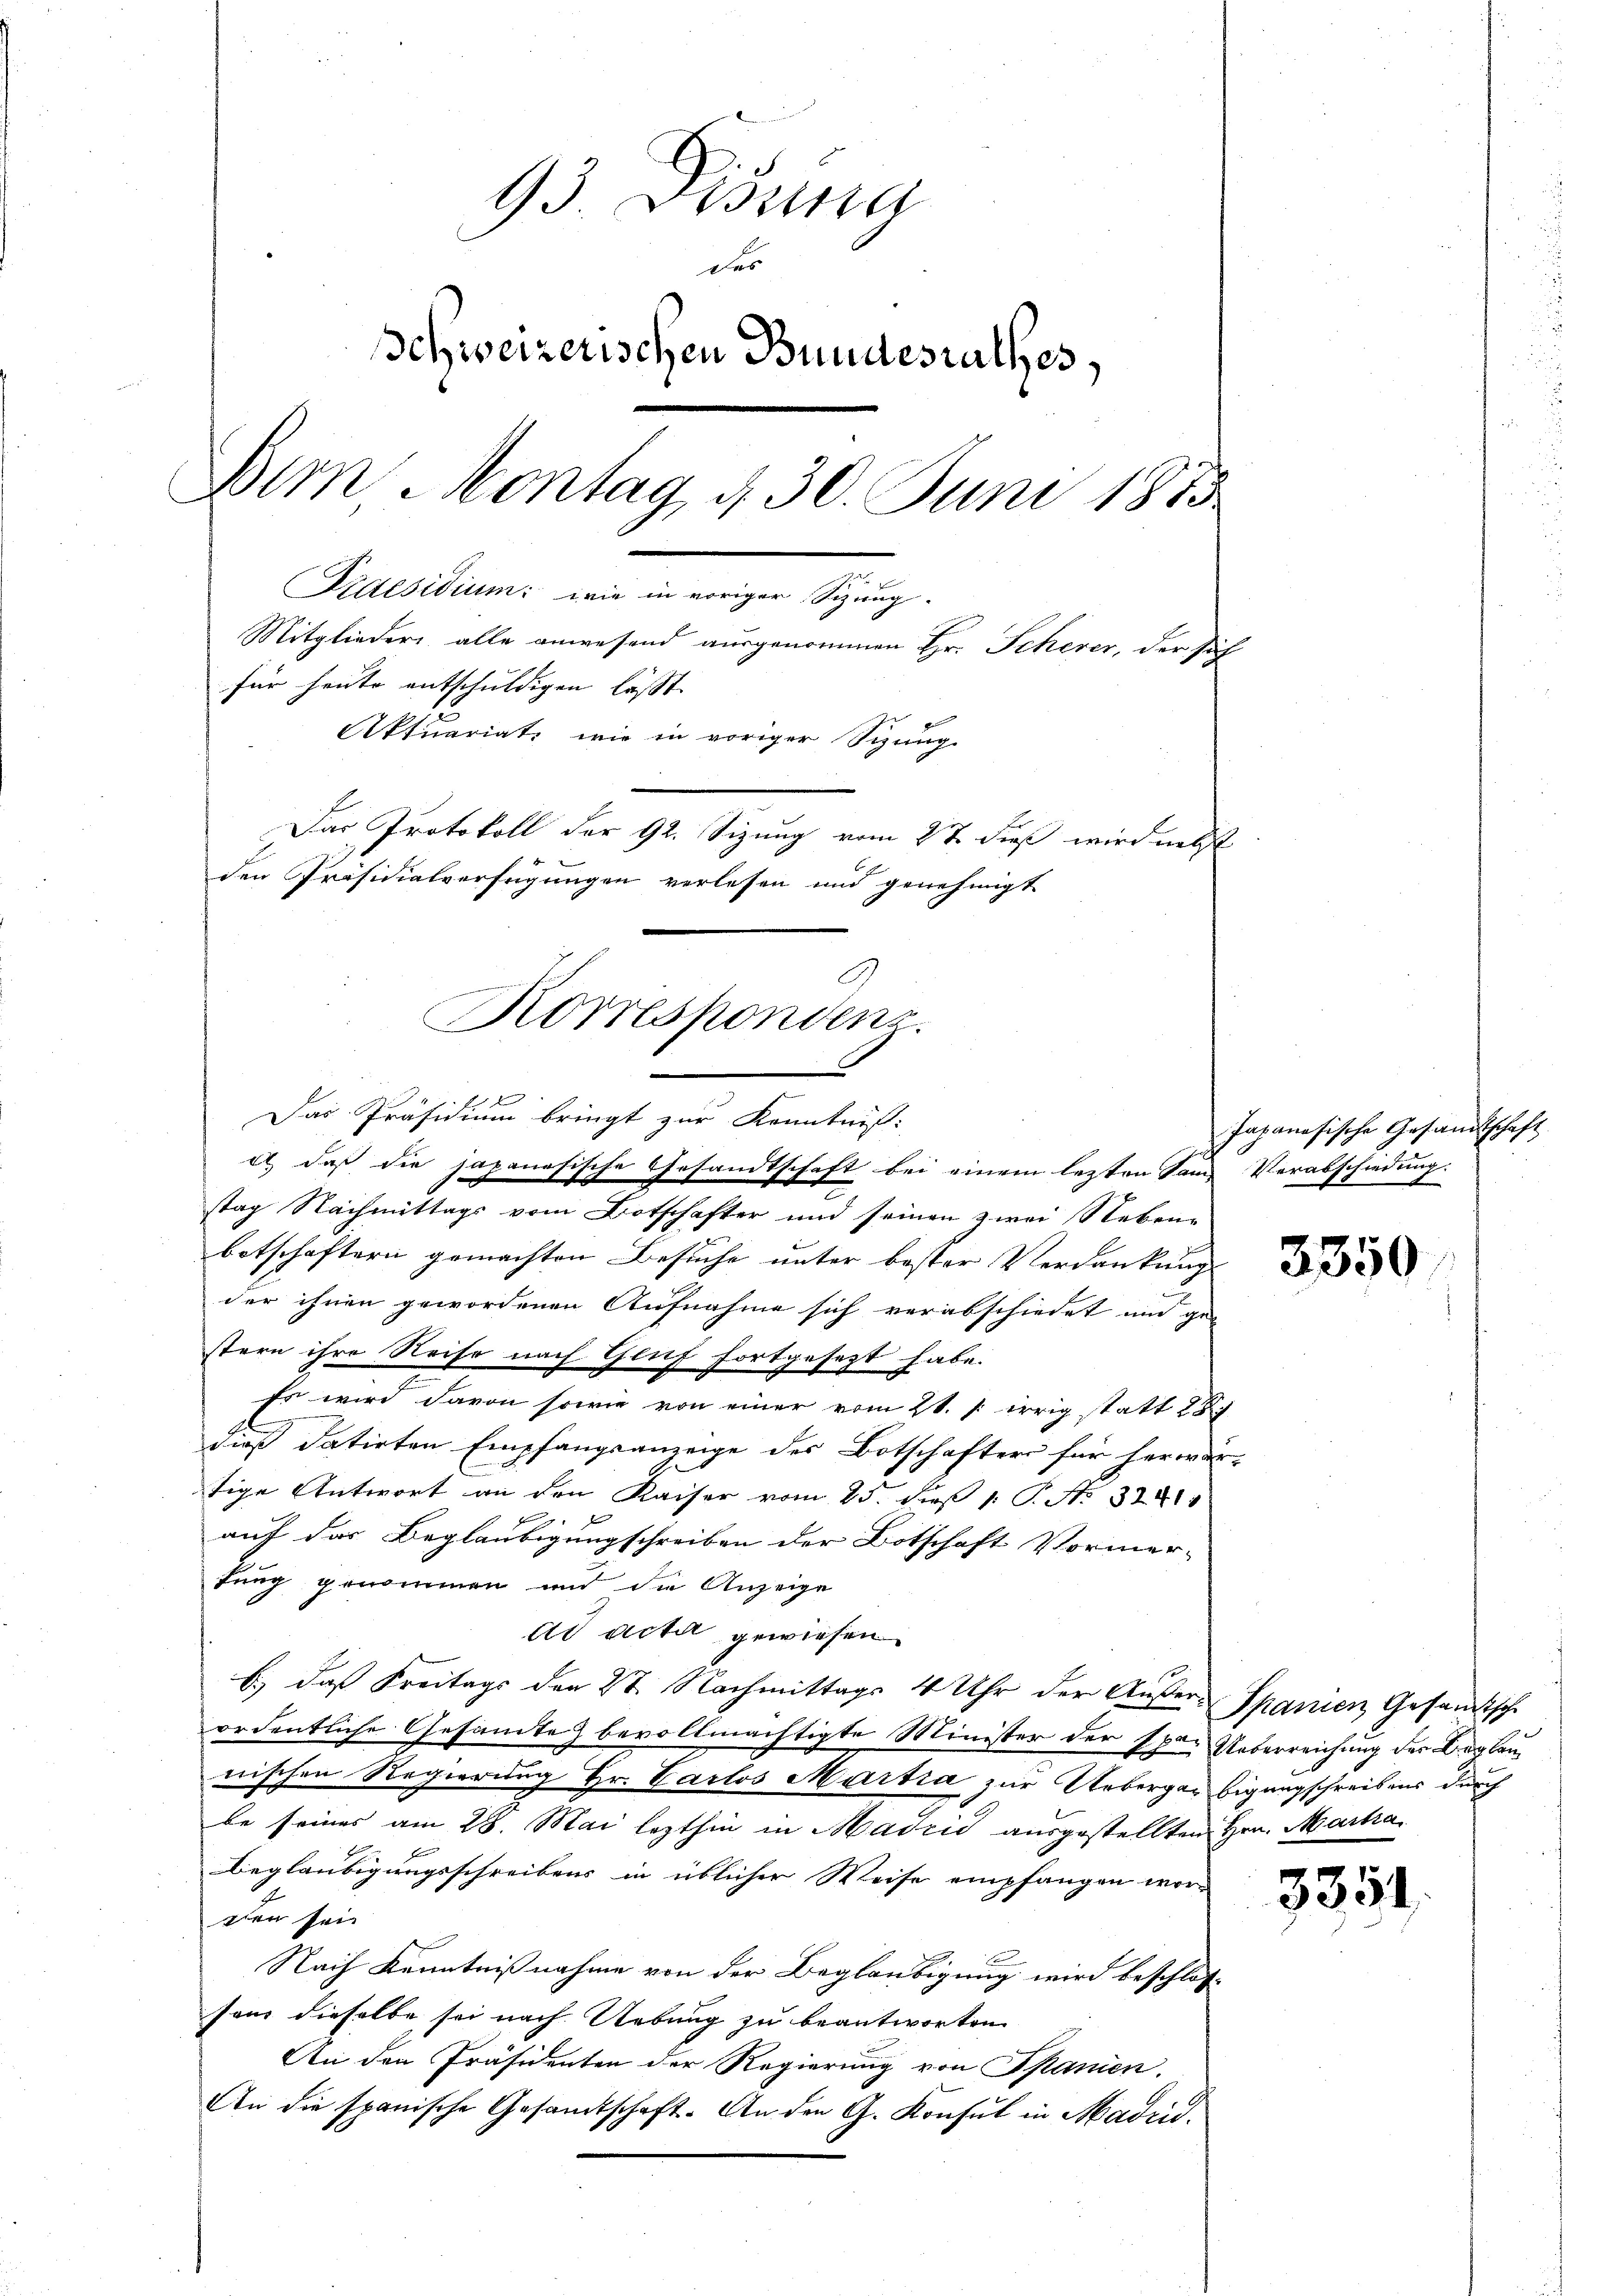
93 Disena
des
Schweizerischen Bundesrathes,
Bim Montag, d. 30. Juni 1873
Praesidium: wie in voriger Sitzung.
Mitglieder alle anwesend ausgenommen Hr. Scherer, der sich
für heute entschuldigen lässt.
Aktuariat, wie in voriger Sitzung
Das Protokoll der 92. Sizung vom 2t dieß wird nebst
den Präsidialverfügungen verlesen und genehmigt
C

Korreshondens.
1
l
Das Präsidium bringt zur Kenntniß:

e) daß die japanesische Gesandtschaft bei einem lezten Same Verabschiedung.
stag Nachmittags vom Botschafter und seinen zwei Neben-
botschaftern gemachten Besuche unter bester Verdankung
der ihnen gewordenen Aufnahme sich verabschiedet und ge-
stern ihre Reise nach Gluf fortgesezt habe.
Er wird davon sowie von einer vom 21. /: irrig statt 187
2
dieß datirten Empfangsanzeige des Botschafter für herwärtige Antwort an den Kaiser vom 25. dieß 1. P. N. 3281
auf das Beglaubigungschreiben der Botschaft Vormer-
tung genommen und die Anzeige
ad acti gewiesen
b.) daß Freitags den 27. Nachmittags 4 Uhr der Außer-Spanien Gesandtsche
ordentliche Gesamte bevollmächtigte Minister der spar Ueberreichung des Beglaunischen Regierung Hr. Carlos Martia zur Ueberger bigungschreibens durch
be seines am 28. Mai lezthin in Madzić ausgestellten Hrn. Marka
Beglaubigungsschreibens in üblicher Weise empfangen wor-
den sein
Nach Kenntnißnahme von der Beglaubigung wird beschloss
send dieselbe sei nach Uebung zu beantworten
An den Präsidenten der Regierung von Spanien.
An die spanische Gesandtschaft. An den G. Konsul in Madrid.

Japanesische Gesandtschaft

3350

3351